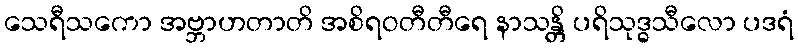
သေရီသကော အဗ္ဘာဟတာတိ အစိရဝတီတီရေ နာသန္တိ ပရိသုဒ္ဓသီလော ပဒရံ